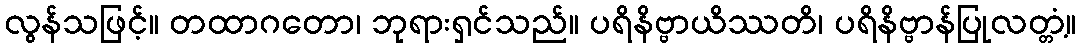
လွန်သဖြင့်။ တထာဂတော၊ ဘုရားရှင်သည်။ ပရိနိဗ္ဗာယိဿတိ၊ ပရိနိဗ္ဗာန်ပြုလတ္တံ့။